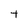
Character: t